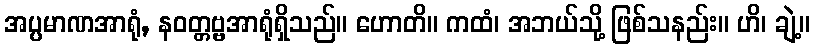
အပ္ပမာဏအာရုံ, နဝတ္တဗ္ဗအာရုံရှိသည်။ ဟောတိ။ ကထံ၊ အဘယ်သို့ ဖြစ်သနည်း။ ဟိ၊ ချဲ့။